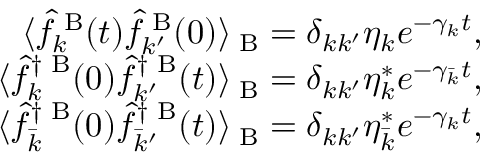
\begin{array} { r } { \langle \hat { f } _ { k } ^ { \mathrm { \tiny ~ B } } ( t ) \hat { f } _ { k ^ { \prime } } ^ { \mathrm { \tiny ~ B } } ( 0 ) \rangle _ { \mathrm { \tiny ~ B } } = \delta _ { k k ^ { \prime } } \eta _ { k } e ^ { - \gamma _ { k } t } , } \\ { \langle \hat { f } _ { k } ^ { \dag \mathrm { \tiny ~ B } } ( 0 ) \hat { f } _ { k ^ { \prime } } ^ { \dag \mathrm { \tiny ~ B } } ( t ) \rangle _ { \mathrm { \tiny ~ B } } = \delta _ { k k ^ { \prime } } \eta _ { k } ^ { * } e ^ { - \gamma _ { \bar { k } } t } , } \\ { \langle \hat { f } _ { \bar { k } } ^ { \dag \mathrm { \tiny ~ B } } ( 0 ) \hat { f } _ { \bar { k } ^ { \prime } } ^ { \dag \mathrm { \tiny ~ B } } ( t ) \rangle _ { \mathrm { \tiny ~ B } } = \delta _ { k k ^ { \prime } } \eta _ { \bar { k } } ^ { * } e ^ { - \gamma _ { k } t } , } \end{array}